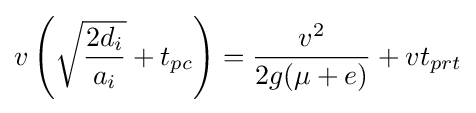
v\left({\sqrt {\frac {2d_{i}}{a_{i}}}}+t_{pc}\right)={\frac {v^{2}}{2g(\mu +e)}}+vt_{prt}